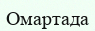
Омартада